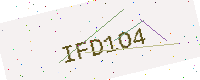
Text: IFD1O4